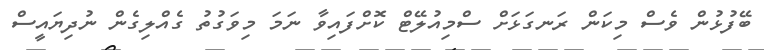
ބޭފުޅުން ވެސް މިކަން ރަނގަޅަށް ސްމިއުލޭޓް ކޮށްފައިވާ ނަމަ މިވަގުތު ގެއްލިގެން ނުދިޔައީސް